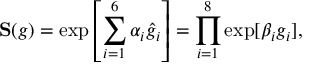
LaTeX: { \bf S } ( g ) = \exp \left[ \sum _ { i = 1 } ^ { 6 } \alpha _ { i } \hat { g } _ { i } \right] = \prod _ { i = 1 } ^ { 8 } \exp [ \beta _ { i } g _ { i } ] ,